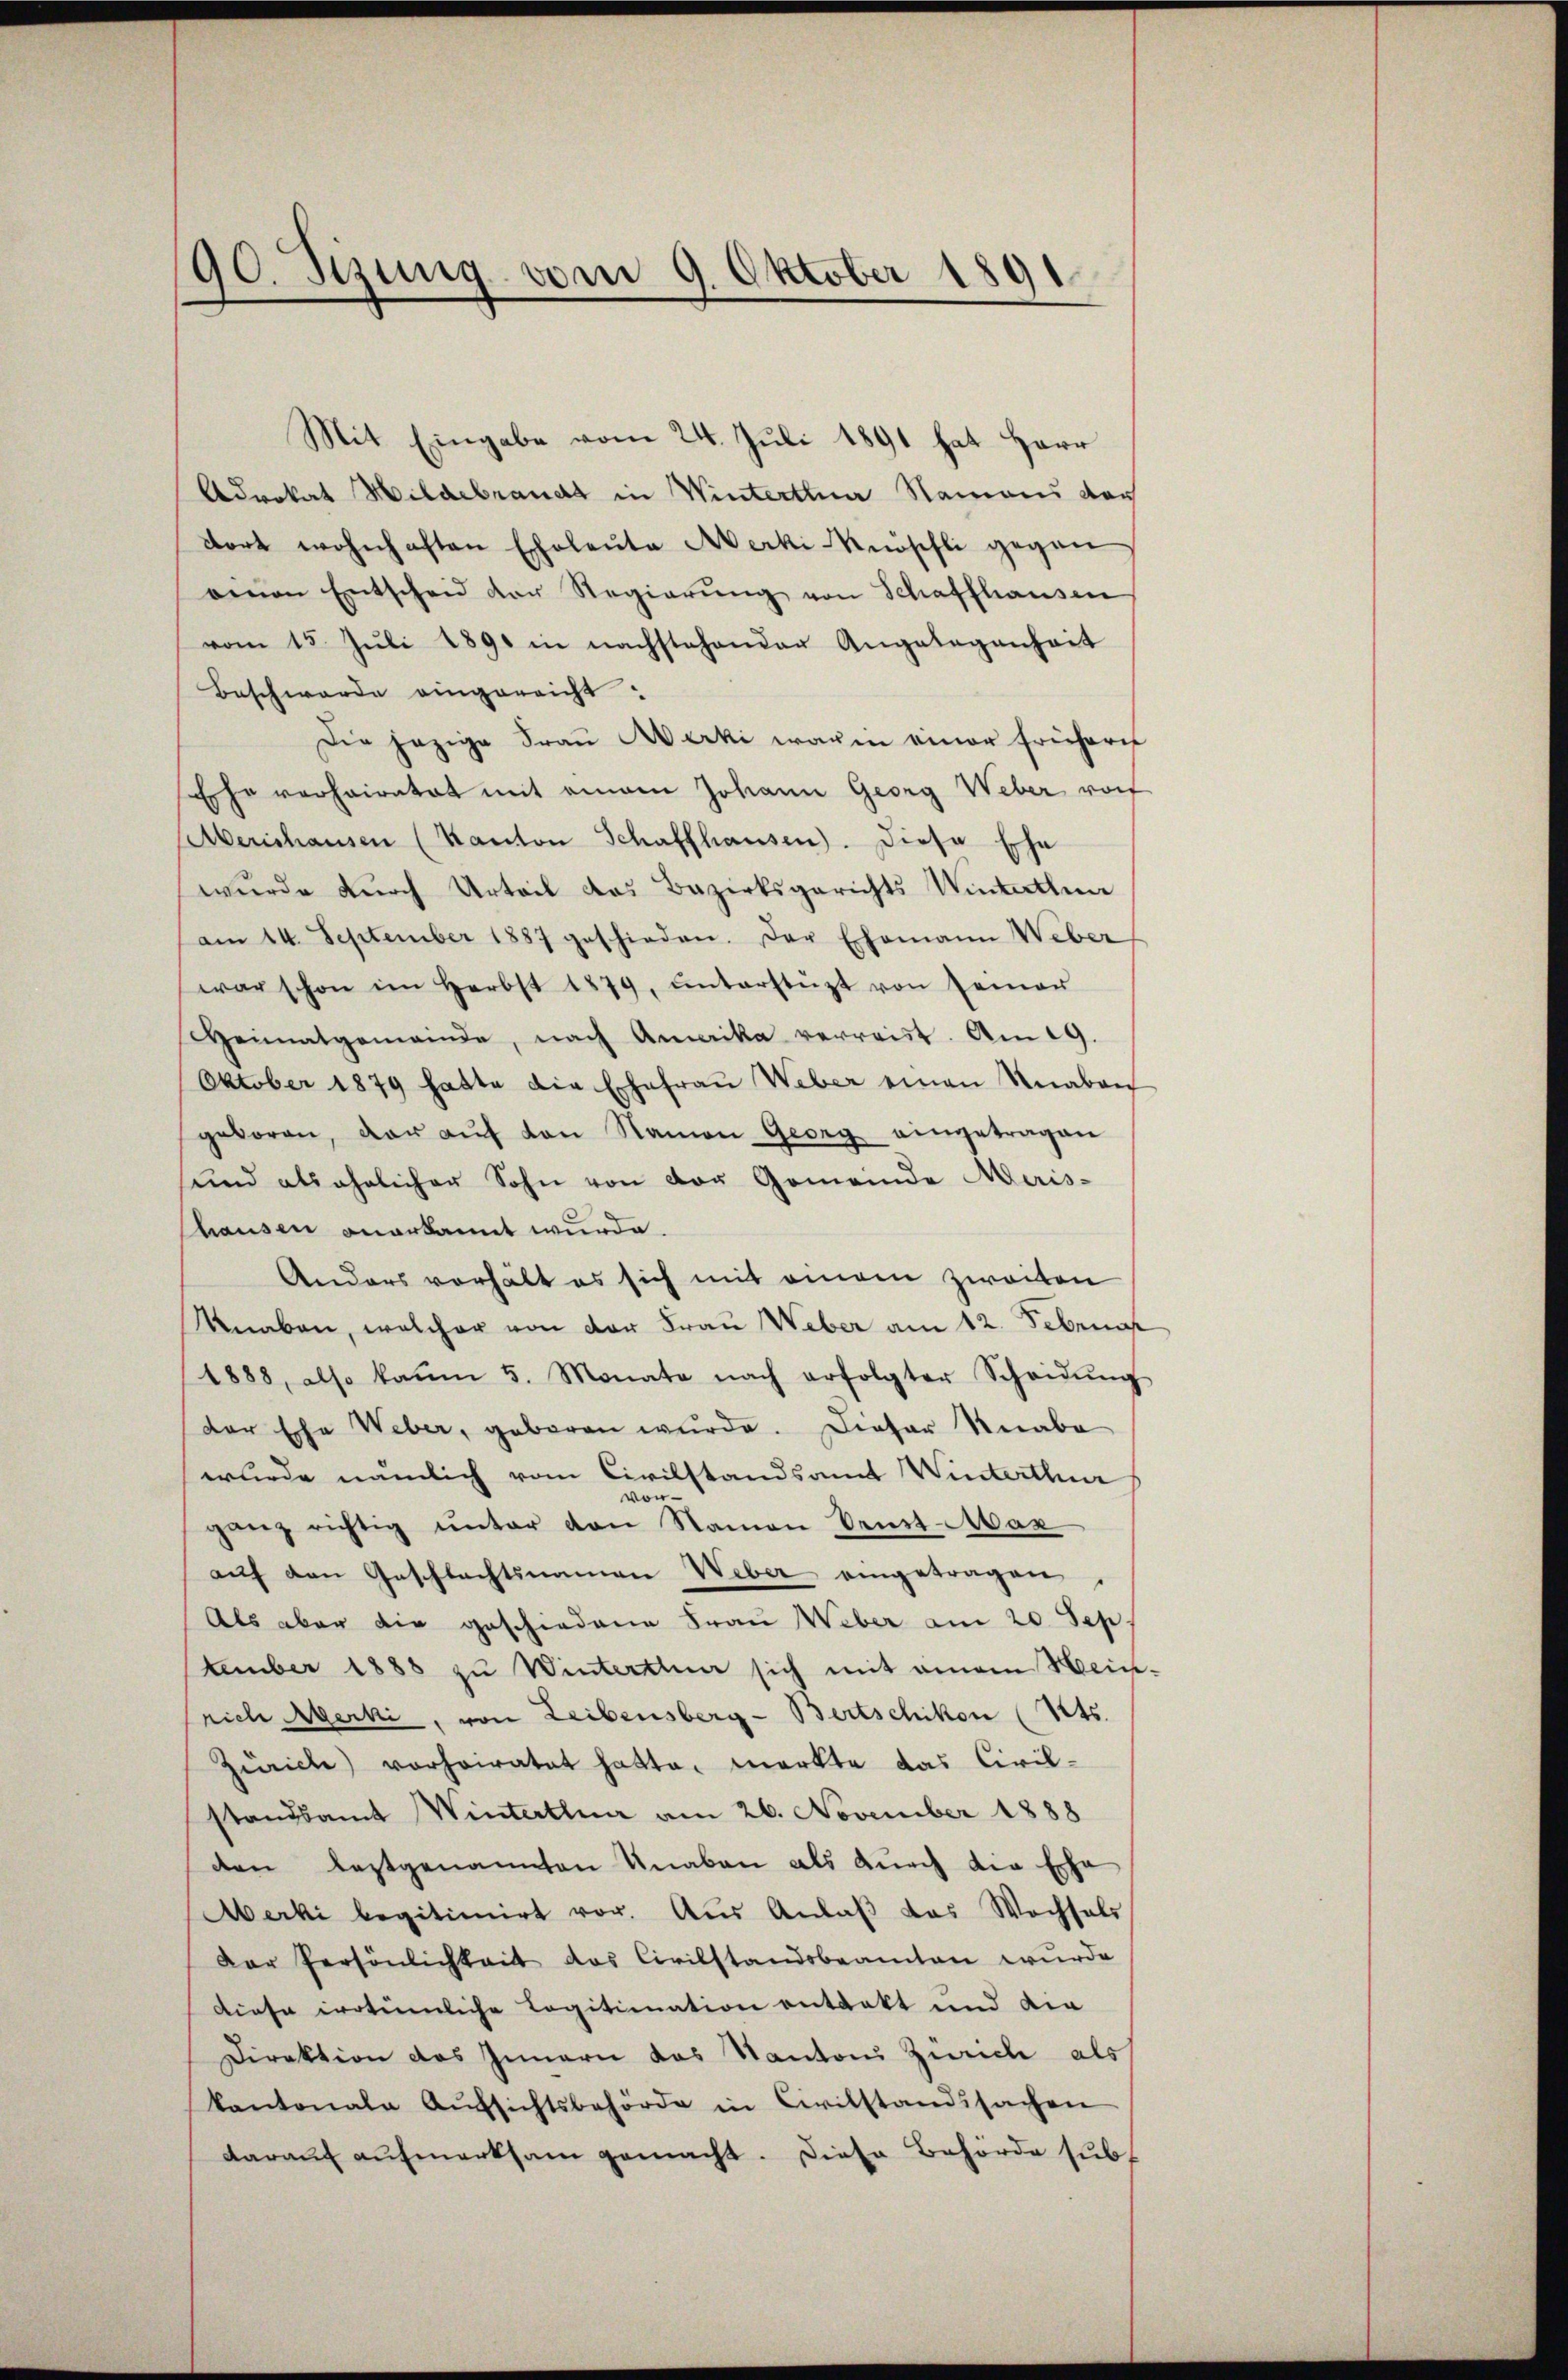
90. Sizung vom 9. Oktober 1891

Mit Eingabe vom 24. Juli 1891 hat Herr
Advokat Hildebrandt in Winterthur Namens der
dort wohnhaften Eheleute Merki Knöschli gegen
einen Entscheid der Regierŭng von Schaffhausen
vom 15. Juli 1891 in nachstehender Angelegenheit
Beschwerde eingereicht:
Die jezige Frau Merki warm einer frühern
Ehe verhairatet mit einem Johann Georg Weber vorf
sberishausen (Kanton Schaffhausen). Diese Ehe
wurde durch Urteil das Bezirksgerichts Winterthun
am 14. September 1887 geschieden. Der Ehemann Weber
war schon im Herbst 1879, ŭnterstüzt von seiner
Weimatgemeinde, nach Amerika verreist. Am 19.
Oktober 1879 hatte die Erfahraŭ Weber einen Knaben
geboren, der aŭf den Namen Georg eingetragen
sund als ehelicher Sohn von der Gemeinde Meris-
hausen anerkannt wurde.
Anders verhält es sich mit einem zweiten
Knaben, welcher von der Frau Weber am 12. Februn
1888, also kaum 5. Monate nach erfolgter Scheidŭng
der Ehe Weber, geboren wurde. Dieser Knabe
wurde nämlich vom Civilstandsamt Winterthur
von
ganz richtig ŭnter den Namen denst-Mar
aŭf den Geschlachtsnamen Weber eingetragen.
Als aber die geschiedene Frau Weber am 20. Sep
tember 1888 zu Winterthun sich mit einem Hein-
rich Merki, von Leibensberg-Bertschikon (Mts.
Zürich) vorheiratet hatte. merkte das Civil-
standsamt Winterthur am 26. November 1888
den leztgenannten Knaben als durch die Erha
Merki begitimirt vor. Aus Anlaβ das Wochsels
Der Persönlichkeit das Civilstandsbeamten wurde
diese irrtümliche Legitionation entrakt und die
Direktion des Innern das Kanton Zürich als
kantonale Aŭfsichtsbehörde in Civilstandsachen
darauf aufmerksam gemacht. Diese Behörde subt